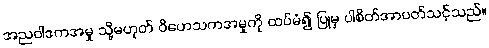
အညဝါဒကအမှု သို့မဟုတ် ဝိဟေသကအမှုကို ထပ်မံ၍ ပြုမှ ပါစိတ်အာပတ်သင့်သည်။